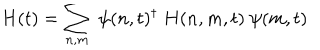
H ( t ) = \sum _ { n , m } \ \psi ( n , t ) ^ { \dagger } \ H ( n , m , t ) \ \psi ( m , t )